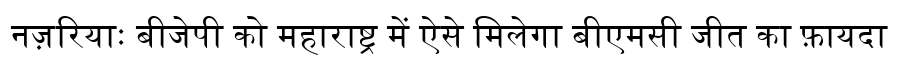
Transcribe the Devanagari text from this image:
नज़रियाः बीजेपी को महाराष्ट्र में ऐसे मिलेगा बीएमसी जीत का फ़ायदा